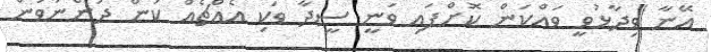
އޭނާ ވިދާޅުވީ ވައްކަން ކޮށްފައި ވަނީ ސީދާ ވަކި އެއްޗެއް ކަން ދަންނަވަން